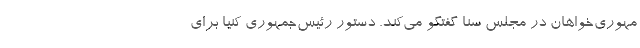
مهوری‌خواهان در مجلس سنا گفتگو می‌کند. دستور رئیس‌جمهوری کنیا برای